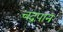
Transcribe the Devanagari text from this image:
चंद्रपान